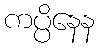
ကပ္ပိနေန